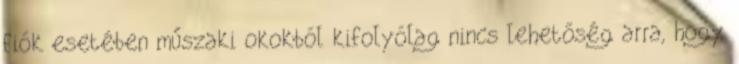
fiók esetében műszaki okokból kifolyólag nincs lehetőség arra, hogy